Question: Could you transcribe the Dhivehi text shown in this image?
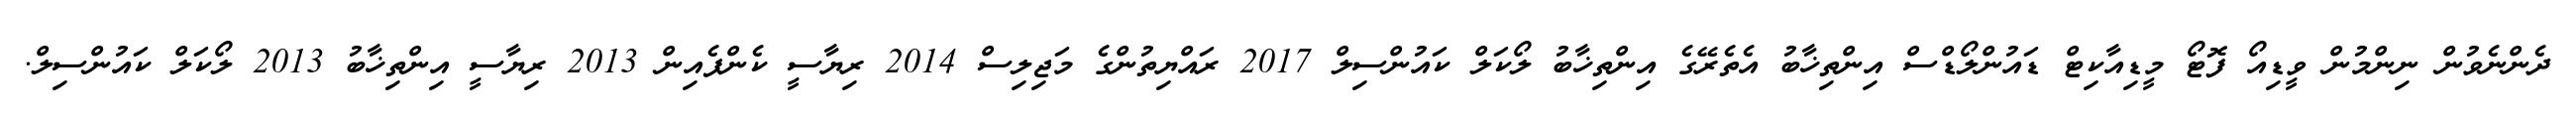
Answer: ދެންނެވުން ނިންމުން ވީޑިއޯ ފޮޓޯ މީޑިއާކިޓް ޑައުންލޯޑްސް އިންތިޚާބު އެތެރޭގެ އިންތިޚާބު ލޯކަލް ކައުންސިލް 2017 ރައްޔިތުންގެ މަޖިލިސް 2014 ރިޔާސީ ކެންޕެއިން 2013 ރިޔާސީ އިންތިޚާބު 2013 ލޯކަލް ކައުންސިލް.